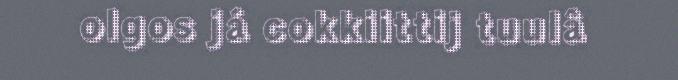
olgos já cokkiittij tuulâ